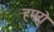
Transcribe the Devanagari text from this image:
हमरो